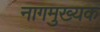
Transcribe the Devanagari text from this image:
नागमुख्यक